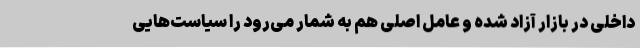
داخلی در بازار آزاد شده و عامل اصلی هم به شمار می‌رود را سیاست‌هایی